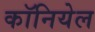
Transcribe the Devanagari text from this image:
कॉनियेल